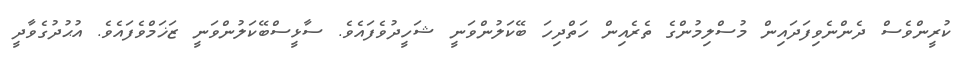
ކުރީންވެސް ދެންނެވިފަދައިން މުސްލިމުންގެ ތެރެއިން ހަތްދިހަ ބޭކަލުންވަނީ ޝަހީދުވެފައެވެ. ސާޅީސްބޭކަލުންވަނީ ޒަޚަމްވެފައެވެ. އުޙުދުގެވާދީ